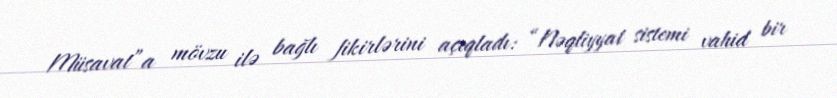
Müsavat”a mövzu ilə bağlı fikirlərini açıqladı: “Nəqliyyat sistemi vahid bir